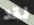
لقد